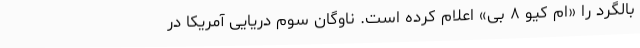
بالگرد را «ام کیو ۸ بی» اعلام کرده است. ناوگان سوم دریایی آمریکا در